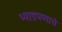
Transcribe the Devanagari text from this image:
भ्याडपणाचे